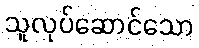
သူလုပ်ဆောင်သော